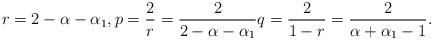
LaTeX: \begin{align*}r= 2-\alpha-\alpha_1, p=\frac{2}{r}=\frac{2}{2-\alpha-\alpha_1} q= \frac{2}{1-r}=\frac{2}{\alpha+\alpha_1-1}.\end{align*}